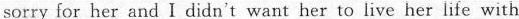
sorry for her and Ididn't want her to live her life with